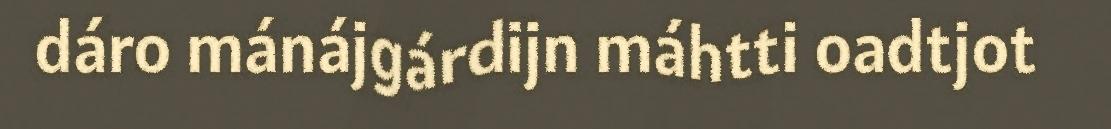
dáro mánájgárdijn máhtti oadtjot